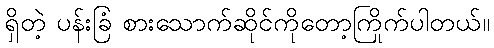
ရှိတဲ့ ပန်းခြံ စားသောက်ဆိုင်ကိုတော့ကြိုက်ပါတယ်။